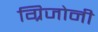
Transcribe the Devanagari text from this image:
ग्रिजोनी